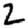
Digit: 2